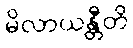
မိလာယန္တီတိ